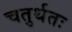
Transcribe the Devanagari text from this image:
चतुर्थतः